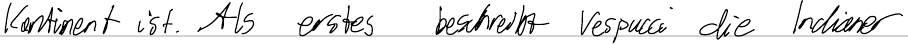
Kontinent ist. Als erstes beschreibt Vespucci die Indianer